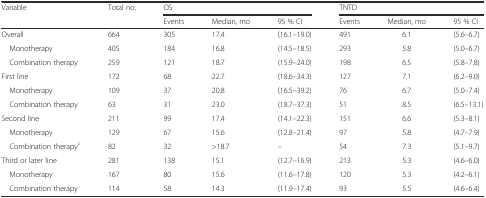
| <ROWSPAN=2> Variable | <ROWSPAN=2> Total no. | <COLSPAN=3> OS | <COLSPAN=3> TNTD |
 | Events | Median, mo | 95 % CI | Events | Median, mo | 95 % CI |
 | --- | --- | --- | --- | --- | --- | --- | --- |
 | Overall | 664 | 305 | 17.4 | (16.1–19.0) | 491 | 6.1 | (5.6–6.7) |
 | Monotherapy | 405 | 184 | 16.8 | (14.5–18.5) | 293 | 5.8 | (5.0–6.7) |
 | Combination therapy | 259 | 121 | 18.7 | (15.9–24.0) | 198 | 6.5 | (5.8–7.8) |
 | First line | 172 | 68 | 22.7 | (18.6–34.3) | 127 | 7.1 | (6.2–9.0) |
 | Monotherapy | 109 | 37 | 20.8 | (16.5–39.2) | 76 | 6.7 | (5.0–7.4) |
 | Combination therapy | 63 | 31 | 23.0 | (18.7–37.3) | 51 | 8.5 | (6.5–13.1) |
 | Second line | 211 | 99 | 17.4 | (14.1–22.3) | 151 | 6.6 | (5.3–8.1) |
 | Monotherapy | 129 | 67 | 15.6 | (12.8–21.4) | 97 | 5.8 | (4.7–7.9) |
 | Combination therapyc | 82 | 32 | >18.7 | – | 54 | 7.3 | (5.1–9.7) |
 | Third or later line | 281 | 138 | 15.1 | (12.7–16.9) | 213 | 5.3 | (4.6–6.0) |
 | Monotherapy | 167 | 80 | 15.6 | (11.6–17.8) | 120 | 5.3 | (4.2–6.1) |
 | Combination therapy | 114 | 58 | 14.3 | (11.9–17.4) | 93 | 5.5 | (4.6–6.4) |